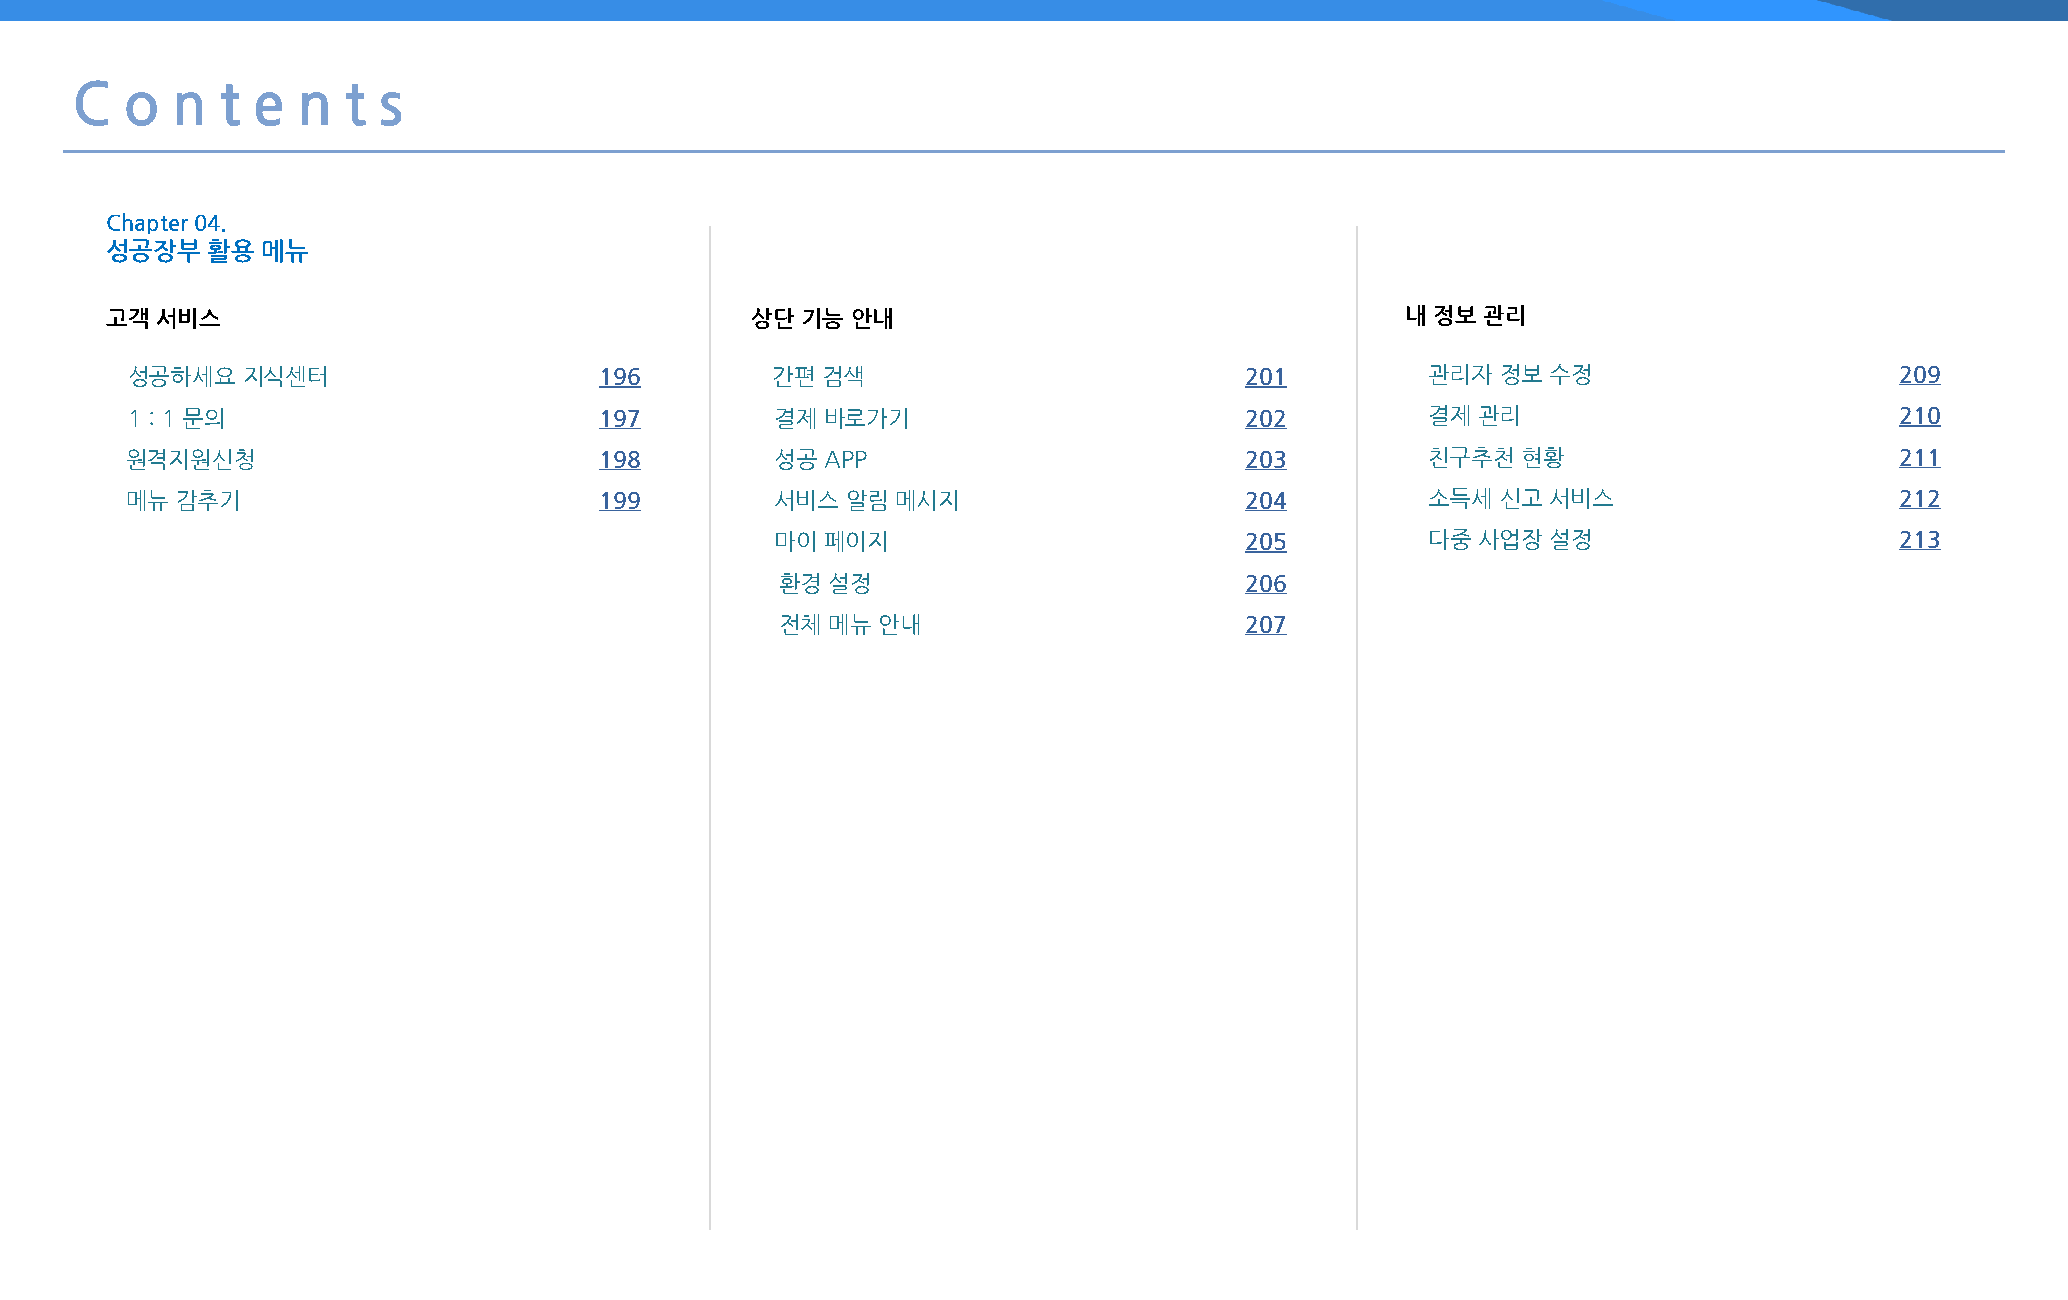
C  o  n   t e  n  t s
 Chapter 04.
 성공장부   활용 메뉴
 고객 서비스                                     상단 기능 안내                                   내 정보 관리
 성공하세요   지식센터                    196        간편 검색                          201          관리자 정보  수정                     209
 1 : 1 문의                        197        결제  바로가기                       202          결제 관리                          210
 원격지원신청                          198        성공  APP                        203          친구추천  현황                       211
 메뉴  감추기                         199        서비스  알림 메시지                    204          소득세 신고  서비스                    212
 마이  페이지                        205          다중 사업장  설정                     213
 환경 설정                         206
 전체 메뉴 안내                      207